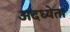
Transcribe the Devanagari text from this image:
अदध्येता